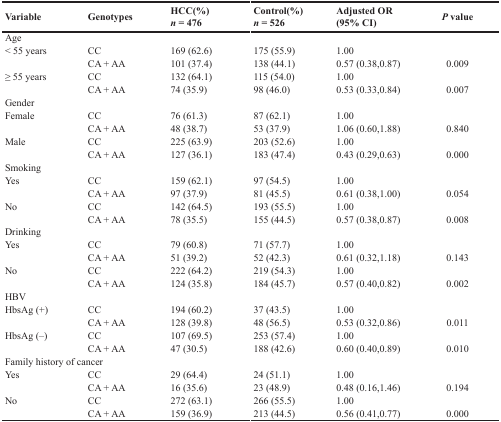
<table><thead><tr><td><b>Variable</b></td><td><b>Genotypes</b></td><td><b>HCC (%) <i>n</i> = 476</b></td><td><b>Control (%) <i>n</i> = 526</b></td><td><b>Adjusted OR (95% CI)</b></td><td><b><i>P</i> value</b></td></tr></thead><tbody><tr><td>Age</td><td></td><td></td><td></td><td></td><td></td></tr><tr><td>&lt; 55 years</td><td>CC</td><td>169 (62.6)</td><td>175 (55.9)</td><td>1.00</td><td></td></tr><tr><td></td><td>CA + AA</td><td>101 (37.4)</td><td>138 (44.1)</td><td>0.57 (0.38,0.87)</td><td>0.009</td></tr><tr><td>≥ 55 years</td><td>CC</td><td>132 (64.1)</td><td>115 (54.0)</td><td>1.00</td><td></td></tr><tr><td></td><td>CA + AA</td><td>74 (35.9)</td><td>98 (46.0)</td><td>0.53 (0.33,0.84)</td><td>0.007</td></tr><tr><td>Gender</td><td></td><td></td><td></td><td></td><td></td></tr><tr><td>Female</td><td>CC</td><td>76 (61.3)</td><td>87 (62.1)</td><td>1.00</td><td></td></tr><tr><td></td><td>CA + AA</td><td>48 (38.7)</td><td>53 (37.9)</td><td>1.06 (0.60,1.88)</td><td>0.840</td></tr><tr><td>Male</td><td>CC</td><td>225 (63.9)</td><td>203 (52.6)</td><td>1.00</td><td></td></tr><tr><td></td><td>CA + AA</td><td>127 (36.1)</td><td>183 (47.4)</td><td>0.43 (0.29,0.63)</td><td>0.000</td></tr><tr><td>Smoking</td><td></td><td></td><td></td><td></td><td></td></tr><tr><td>Yes</td><td>CC</td><td>159 (62.1)</td><td>97 (54.5)</td><td>1.00</td><td></td></tr><tr><td></td><td>CA + AA</td><td>97 (37.9)</td><td>81 (45.5)</td><td>0.61 (0.38,1.00)</td><td>0.054</td></tr><tr><td>No</td><td>CC</td><td>142 (64.5)</td><td>193 (55.5)</td><td>1.00</td><td></td></tr><tr><td></td><td>CA + AA</td><td>78 (35.5)</td><td>155 (44.5)</td><td>0.57 (0.38,0.87)</td><td>0.008</td></tr><tr><td>Drinking</td><td></td><td></td><td></td><td></td><td></td></tr><tr><td>Yes</td><td>CC</td><td>79 (60.8)</td><td>71 (57.7)</td><td>1.00</td><td></td></tr><tr><td></td><td>CA + AA</td><td>51 (39.2)</td><td>52 (42.3)</td><td>0.61 (0.32,1.18)</td><td>0.143</td></tr><tr><td>No</td><td>CC</td><td>222 (64.2)</td><td>219 (54.3)</td><td>1.00</td><td></td></tr><tr><td></td><td>CA + AA</td><td>124 (35.8)</td><td>184 (45.7)</td><td>0.57 (0.40,0.82)</td><td>0.002</td></tr><tr><td>HBV</td><td></td><td></td><td></td><td></td><td></td></tr><tr><td>HbsAg (+)</td><td>CC</td><td>194 (60.2)</td><td>37 (43.5)</td><td>1.00</td><td></td></tr><tr><td></td><td>CA + AA</td><td>128 (39.8)</td><td>48 (56.5)</td><td>0.53 (0.32,0.86)</td><td>0.011</td></tr><tr><td>HbsAg (–)</td><td>CC</td><td>107 (69.5)</td><td>253 (57.4)</td><td>1.00</td><td></td></tr><tr><td></td><td>CA + AA</td><td>47 (30.5)</td><td>188 (42.6)</td><td>0.60 (0.40,0.89)</td><td>0.010</td></tr><tr><td>Family history of cancer</td><td></td><td></td><td></td><td></td><td></td></tr><tr><td>Yes</td><td>CC</td><td>29 (64.4)</td><td>24 (51.1)</td><td>1.00</td><td></td></tr><tr><td></td><td>CA + AA</td><td>16 (35.6)</td><td>23 (48.9)</td><td>0.48 (0.16,1.46)</td><td>0.194</td></tr><tr><td>No</td><td>CC</td><td>272 (63.1)</td><td>266 (55.5)</td><td>1.00</td><td></td></tr><tr><td></td><td>CA + AA</td><td>159 (36.9)</td><td>213 (44.5)</td><td>0.56 (0.41,0.77)</td><td>0.000</td></tr></tbody></table>